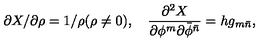
{ \partial X / \partial \rho } = 1 / \rho ( \rho \neq 0 ) , \quad \frac { \partial ^ { 2 } X } { \partial \phi ^ { m } \partial { \bar { \phi } } ^ { \bar { n } } } = h g _ { m { \bar { n } } } ,